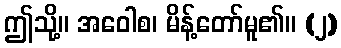
ဤသို့။ အဝေါစ၊ မိန့်တော်မူ၏။ (၂)